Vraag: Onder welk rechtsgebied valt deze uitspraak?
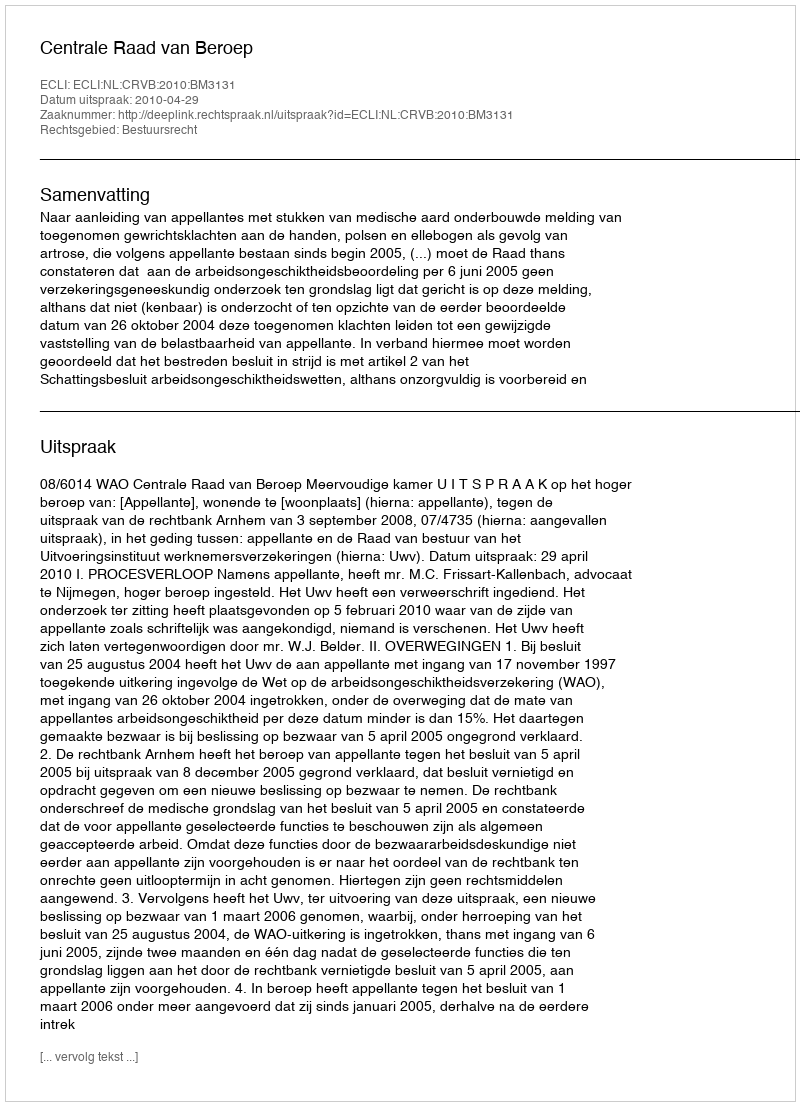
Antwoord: Bestuursrecht